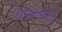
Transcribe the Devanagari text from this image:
ऍफ़टीसी